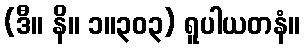
(ဒီ။ နိ။ ၁။၃၀၃) ရူပါယတနံ။